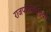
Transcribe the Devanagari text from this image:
राजपरिस्थितियों